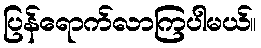
ပြန်ရောက်လာကြပါမယ်။